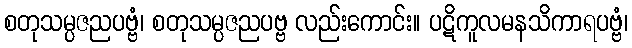
စတုသမ္ပဇညပဗ္ဗံ၊ စတုသမ္ပဇညပဗ္ဗ လည်းကောင်း။ ပဋိကူလမနသိကာရပဗ္ဗံ၊